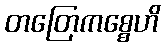
တတြေကစ္စေဟိ